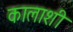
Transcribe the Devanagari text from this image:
कालाशी